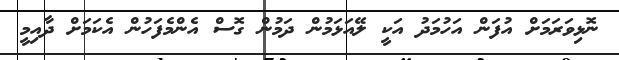
ނޮޅިވަރަމަށް އުފަން އަހުމަދު އަކީ ލޭއަޅަމުން ދަމުން ގޮސް އެންމެފަހުން އެކަމަށް ދާއިމީ